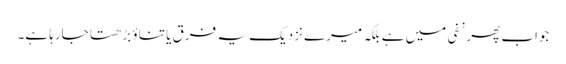
جواب پھر نفی میں ہے بلکہ میرے نزدیک یہ فرق یا تناؤ بڑھتا جارہا ہے۔